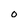
Character: o